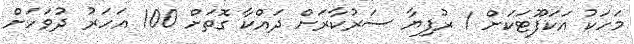
މަހަކު އަކަފޫޓަކަށް 1 ރުފިޔާ ސަރުކާރަށް ދައްކާ ގޮތަށް 100 އަހަރު ދުވަހަށް